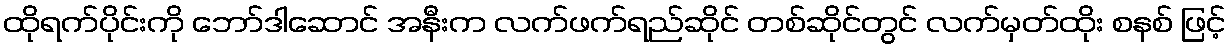
ထိုရက်ပိုင်းကို ဘော်ဒါဆောင် အနီးက လက်ဖက်ရည်ဆိုင် တစ်ဆိုင်တွင် လက်မှတ်ထိုး စနစ် ဖြင့်